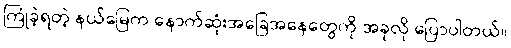
ကြုံခဲ့ရတဲ့ နယ်မြေက နောက်ဆုံးအခြေအနေတွေကို အခုလို ပြောပါတယ်။